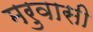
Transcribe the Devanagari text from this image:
मरुवासी